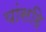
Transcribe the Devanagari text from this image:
यांसहि